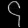
Digit: ၄